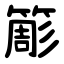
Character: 簓